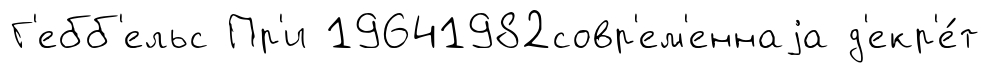
Г'ебб'ельс Пр'и 19641982совр'ем'еннаjа д'екр'е́т